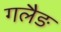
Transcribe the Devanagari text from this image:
गलैङ